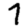
Digit: 7